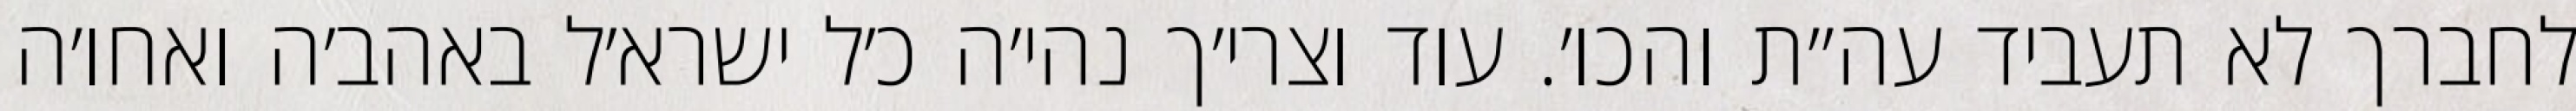
לחברך לא תעביד עה״ת והכו׳. עוד וצרי׳ך נהי׳ה כ׳ל ישרא׳ל באהב׳ה ואחו׳ה